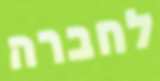
לחברה